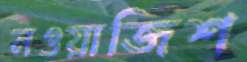
নওয়াজিশ